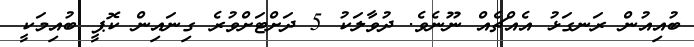
ބުއިއުން ރަނގަޅު އެއްޗެއް ނޫނެވެ. ދުވާލަކު 5 ދަށްޓަށްވުރެ ގިނައިން ކޮޕީ ބުއިމަކީ